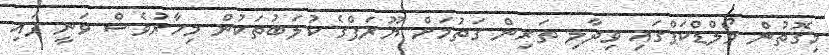
މިގޮތުން ވޯލްޑްކަޕްގައި ވިދާލި ތަރިން ގަތުމަށް ޔޫރަޕްގެ ކުލަބުތަކުން މިހާރުވެސް ވަނީ ފައި